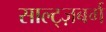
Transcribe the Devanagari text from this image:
साल्ट्ज़बर्ग